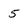
Character: 5